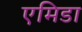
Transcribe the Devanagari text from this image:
एमिडा